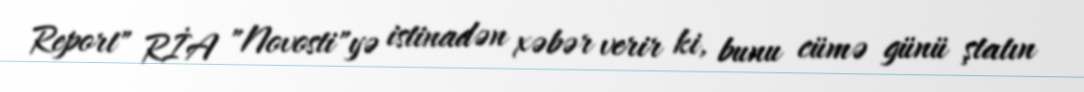
Report" RİA "Novosti"yə istinadən xəbər verir ki, bunu cümə günü ştatın